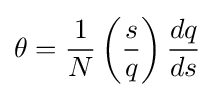
\theta ={\frac {1}{N}}\left({\frac {s}{q}}\right){\frac {dq}{ds}}